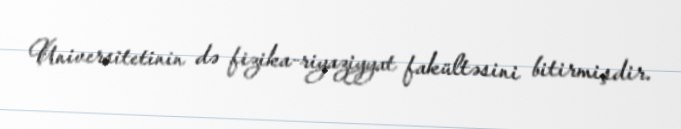
Universitetinin də fizika-riyaziyyat fakültəsini bitirmişdir.